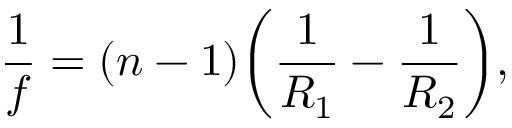
{ \frac { 1 } { f } } = ( n - 1 ) \! \left( { \frac { 1 } { R _ { 1 } } } - { \frac { 1 } { R _ { 2 } } } \right) \! ,